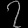
Digit: ၇